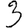
Digit: 3